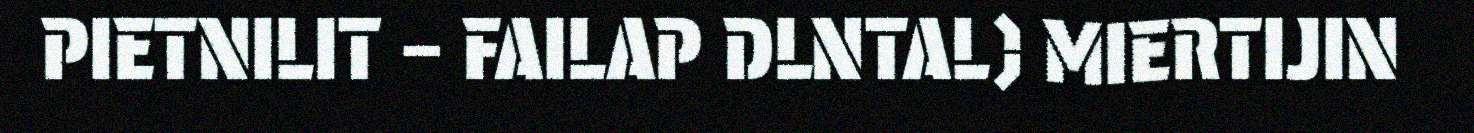
PIETNILIT – FAILAP DLNTAL) MIERTIJIN